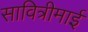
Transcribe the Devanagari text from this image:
सावित्रीमाई